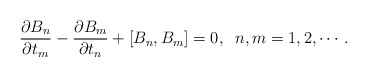
\begin{align*}\frac{\partial B_n}{\partial t_m} - \frac{\partial B_m}{\partial t_n} + \left[ B_n , B_m \right] = 0 , \; \; n, m = 1, 2, \cdots .\end{align*}